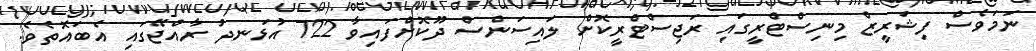
ނަމަވެސް ފިޝަރީޒް މިނިސްޓްރީގައި ރަޖިސްޓްރީކޮށް ލައިސަންސް ދޫކޮށްފައިވާ 722 އުޅަނދު ރާއްޖޭގައި އެބައޮތެވެ.